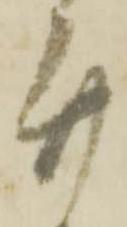
廿